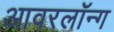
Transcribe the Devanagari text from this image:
आवरलॉन्ग